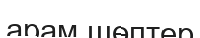
арам шөптер